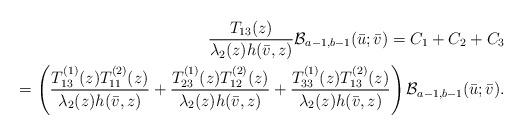
LaTeX: \begin{align*} \frac{T_{13}(z)}{\lambda_{2}(z)h(\bar v,z)} \mathcal{B}_{a-1,b-1}(\bar u;\bar v) = C_1 +C_2 + C_3 \\ {} = \left(\frac{ T_{13}^{(1)}(z)T_{11}^{(2)}(z)}{\lambda_2(z)h(\bar v,z)} + \frac{ T_{23}^{(1)}(z)T_{12}^{(2)}(z)}{\lambda_2(z)h(\bar v,z)} + \frac{ T_{33}^{(1)}(z)T_{13}^{(2)}(z)}{\lambda_2(z)h(\bar v,z)} \right) \mathcal{B}_{a-1,b-1}(\bar u;\bar v).\end{align*}